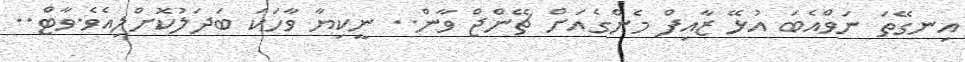
އިނގޭތަ ނަވްއެބަ އުޅޭ ޒާއިފް މެންގެއަށް ޗޭންޖް ވާން.. ނީކިޔާ ވާހަކަ ބަދަލުކޮށްލިއެވެ.ވާޓް..